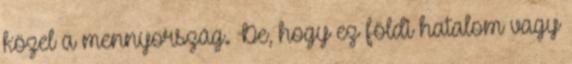
közel a mennyország. De, hogy ez földi hatalom vagy